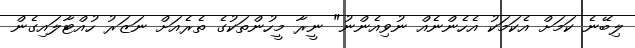
ލިބޭނެ ކަމަށް އެކަމަކު އެހެންނެއް ނުވިއެންނު" ނީރާ މީހުންތަކުގެ ތެރެއަށް ނަޒަރު ހުއްޓާލައިގެން